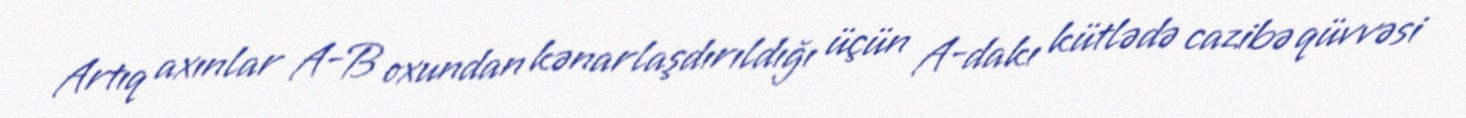
Artıq axınlar A-B oxundan kənarlaşdırıldığı üçün A-dakı kütlədə cazibə qüvvəsi